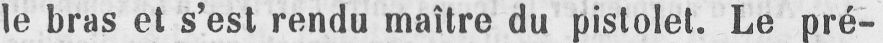
le bras et s’est rendu maître du pistolet. Le pré-